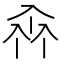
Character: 𠓪